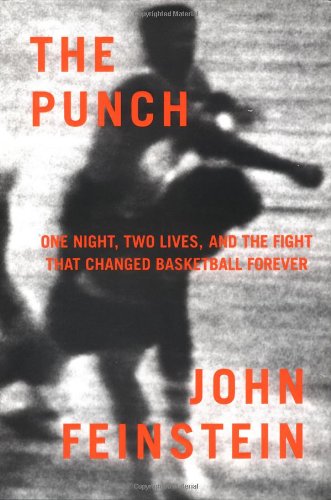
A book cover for The Punch: One Night, Two Lives, and the Fight That Changed Basketball Forever; John Feinstein; Sports & Outdoors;